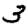
Digit: 3